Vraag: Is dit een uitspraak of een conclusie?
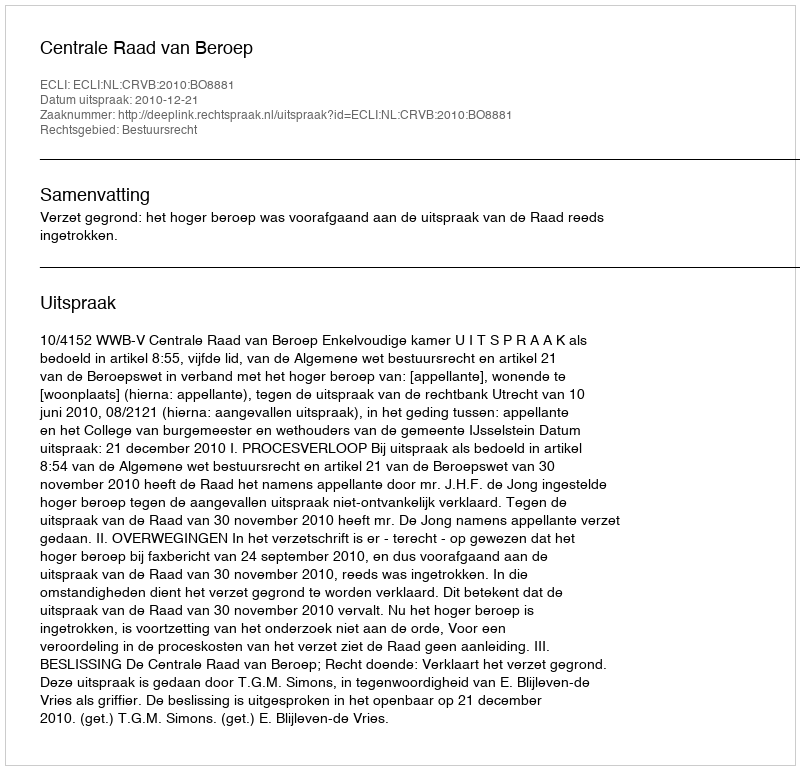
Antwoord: Uitspraak